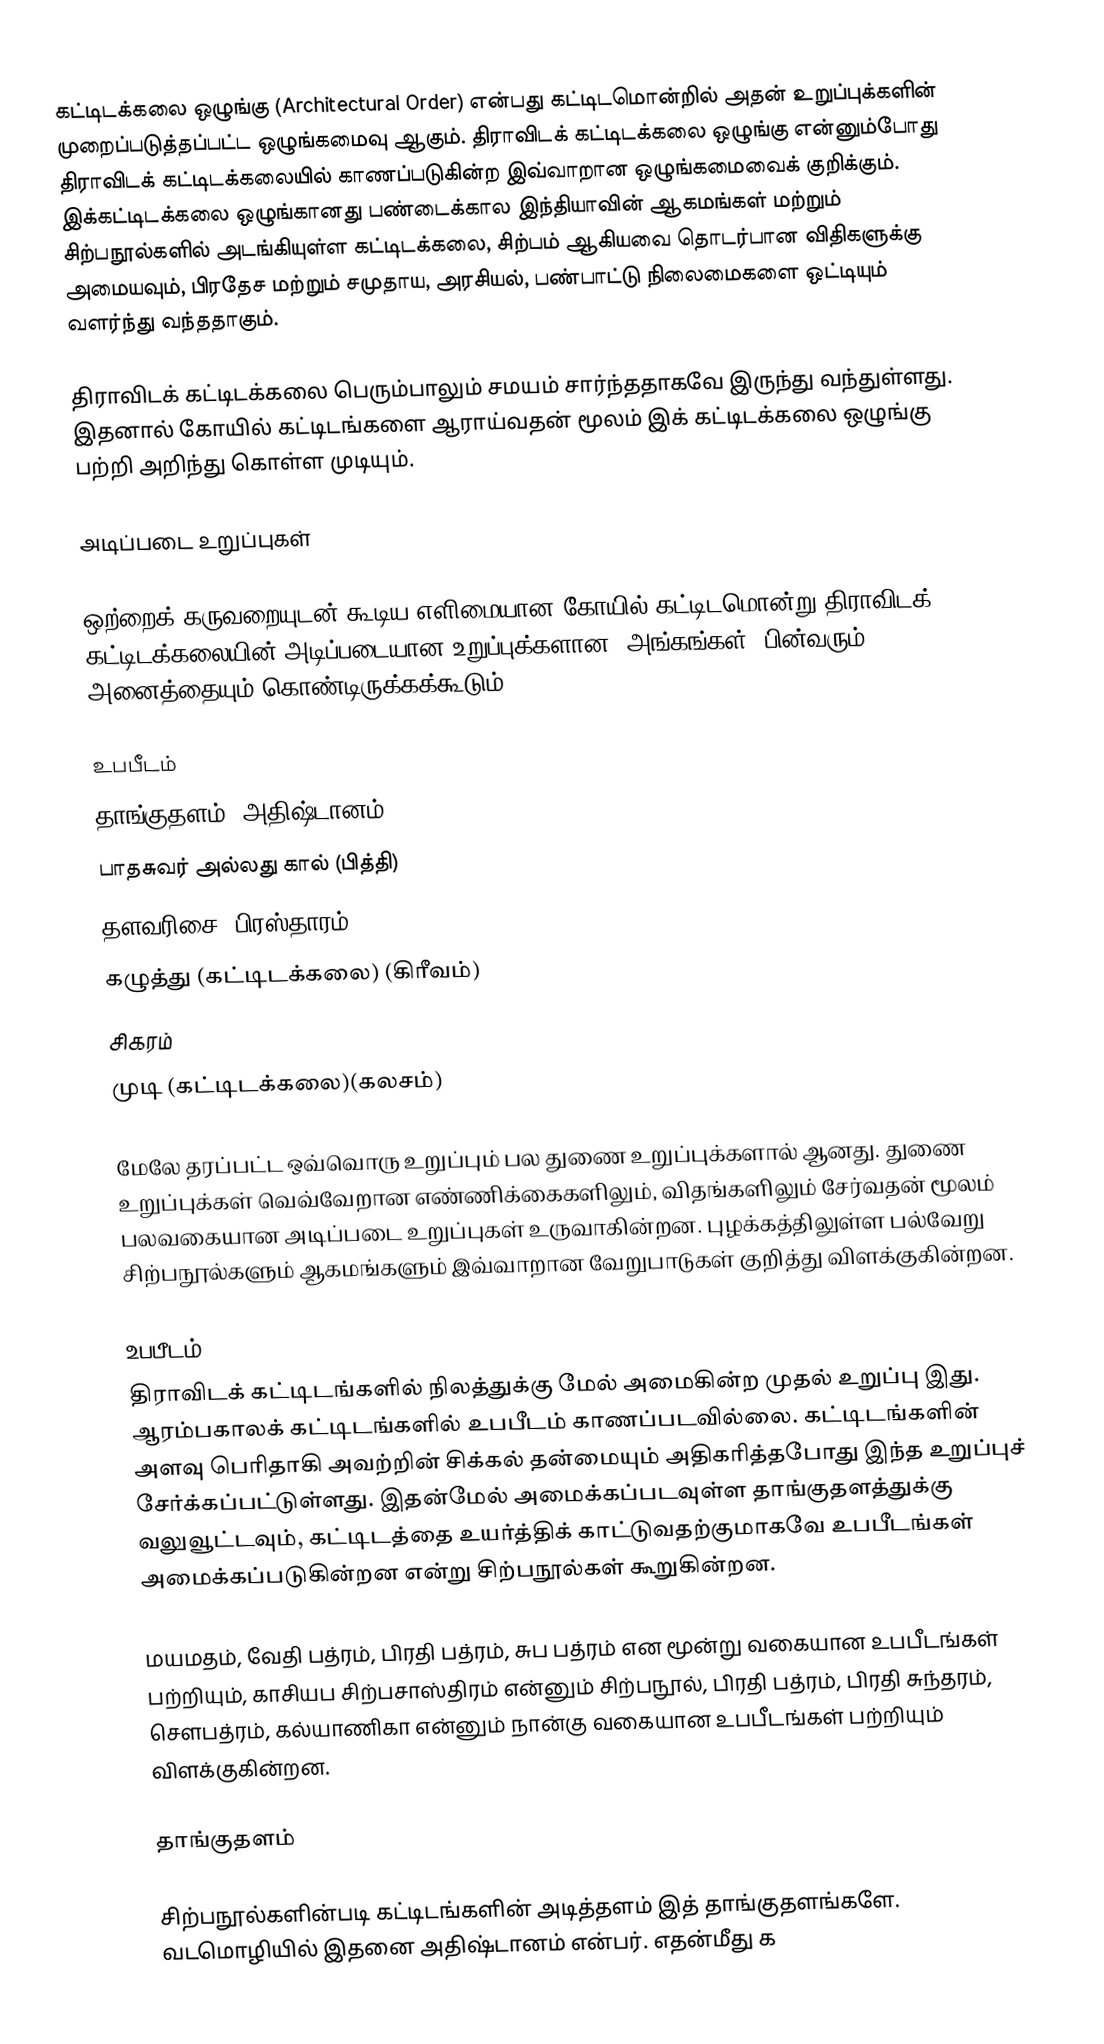
கட்டிடக்கலை ஒழுங்கு (Architectural Order) என்பது கட்டிடமொன்றில் அதன் உறுப்புக்களின் முறைப்படுத்தப்பட்ட ஒழுங்கமைவு ஆகும். திராவிடக் கட்டிடக்கலை ஒழுங்கு என்னும்போது திராவிடக் கட்டிடக்கலையில் காணப்படுகின்ற இவ்வாறான ஒழுங்கமைவைக் குறிக்கும். இக்கட்டிடக்கலை ஒழுங்கானது பண்டைக்கால இந்தியாவின் ஆகமங்கள் மற்றும் சிற்பநூல்களில் அடங்கியுள்ள கட்டிடக்கலை, சிற்பம் ஆகியவை தொடர்பான விதிகளுக்கு அமையவும், பிரதேச மற்றும் சமுதாய, அரசியல், பண்பாட்டு நிலைமைகளை ஒட்டியும் வளர்ந்து வந்ததாகும்.

திராவிடக் கட்டிடக்கலை பெரும்பாலும் சமயம் சார்ந்ததாகவே இருந்து வந்துள்ளது. இதனால் கோயில் கட்டிடங்களை ஆராய்வதன் மூலம் இக் கட்டிடக்கலை ஒழுங்கு பற்றி அறிந்து கொள்ள முடியும்.

அடிப்படை உறுப்புகள்

ஒற்றைக் கருவறையுடன் கூடிய எளிமையான கோயில் கட்டிடமொன்று திராவிடக் கட்டிடக்கலையின் அடிப்படையான உறுப்புக்களான (அங்கங்கள்) பின்வரும் அனைத்தையும் கொண்டிருக்கக்கூடும்.

 உபபீடம்
 தாங்குதளம் (அதிஷ்டானம்)
 பாதசுவர் அல்லது கால் (பித்தி)
 தளவரிசை (பிரஸ்தாரம்)
 கழுத்து (கட்டிடக்கலை) (கிரீவம்)
 சிகரம்
 முடி (கட்டிடக்கலை)(கலசம்)

மேலே தரப்பட்ட ஒவ்வொரு உறுப்பும் பல துணை உறுப்புக்களால் ஆனது. துணை உறுப்புக்கள் வெவ்வேறான எண்ணிக்கைகளிலும், விதங்களிலும் சேர்வதன் மூலம் பலவகையான அடிப்படை உறுப்புகள் உருவாகின்றன. புழக்கத்திலுள்ள பல்வேறு சிற்பநூல்களும் ஆகமங்களும் இவ்வாறான வேறுபாடுகள் குறித்து விளக்குகின்றன.

உபபீடம்
திராவிடக் கட்டிடங்களில் நிலத்துக்கு மேல் அமைகின்ற முதல் உறுப்பு இது. ஆரம்பகாலக் கட்டிடங்களில் உபபீடம் காணப்படவில்லை. கட்டிடங்களின் அளவு பெரிதாகி அவற்றின் சிக்கல் தன்மையும் அதிகரித்தபோது இந்த உறுப்புச் சேர்க்கப்பட்டுள்ளது. இதன்மேல் அமைக்கப்படவுள்ள தாங்குதளத்துக்கு வலுவூட்டவும், கட்டிடத்தை உயர்த்திக் காட்டுவதற்குமாகவே உபபீடங்கள் அமைக்கப்படுகின்றன என்று சிற்பநூல்கள் கூறுகின்றன.

மயமதம், வேதி பத்ரம், பிரதி பத்ரம், சுப பத்ரம் என மூன்று வகையான உபபீடங்கள் பற்றியும், காசியப சிற்பசாஸ்திரம் என்னும் சிற்பநூல், பிரதி பத்ரம், பிரதி சுந்தரம், சௌபத்ரம், கல்யாணிகா என்னும் நான்கு வகையான உபபீடங்கள் பற்றியும் விளக்குகின்றன.

தாங்குதளம்

சிற்பநூல்களின்படி கட்டிடங்களின் அடித்தளம் இத் தாங்குதளங்களே. வடமொழியில் இதனை அதிஷ்டானம் என்பர். எதன்மீது க